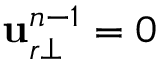
\ensuremath { \mathbf { u } } _ { r \bot } ^ { n - 1 } = 0